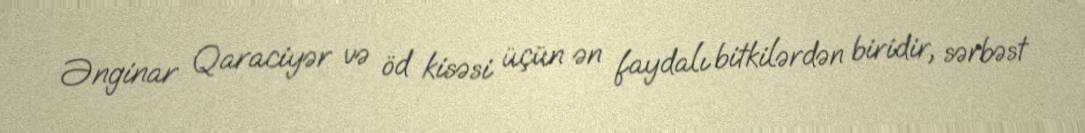
Ənginar Qaraciyər və öd kisəsi üçün ən faydalı bitkilərdən biridir, sərbəst